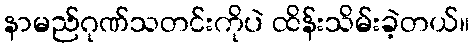
နာမည်ဂုဏ်သတင်းကိုပဲ ထိန်းသိမ်းခဲ့တယ်။